Lunatic asylums Bombay report 1891-1903 - 1891-1903
Year: 1891
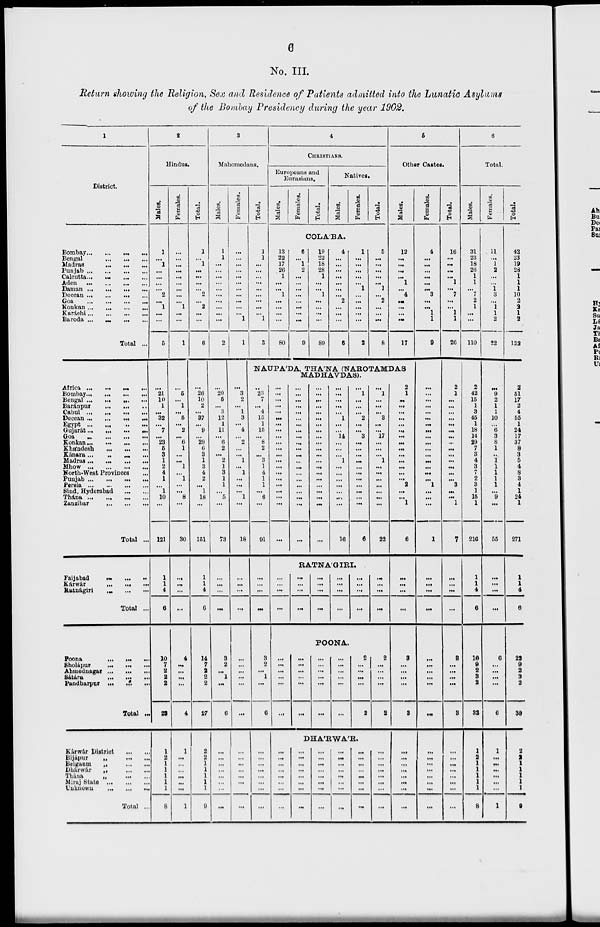
6
No. III.
Return allowing the Religion, Sex and Residence of Patients admitted into the Lunatic Asylums
of the Bombay Presidency during the year 1902.
1
District.
Bombay ... ... ... ...
Bengal
...
...
...
Madras
...
...
...
Punjab
...
...
...
...
Calcutta ... ... ... ...
Aden
...
...
...
...
Daman
...
...
...
...
Deccan ... ... ... ...
Goa
...
...
...
...
Konkan ... ... ... ...
Karáchi ... ... ... ...
Baroda
...
...
...
...
Total ...
Africa
...
...
...
...
Bombay ... ... ... ...
Bengal
...
...
...
...
Baránpur ... ... ...
Cabul
...
...
...
...
Deccan
...
...
...
...
Egypt
...
...
...
...
Gujarát
...
...
...
...
Goa
...
...
...
...
Konkan ... ... ... ...
Khándesh ... ... ...
Kánara
...
...
...
...
Madras ... ... ... ...
Mhow
...
...
...
...
North-West Provinces ...
Punjab
...
...
...
...
Persia
...
...
...
...
Sind, Hyderabad ... ...
Thána
...
...
...
...
Zanzibar
...
...
...
Total ...
Faijabad
...
...
...
Kárwár
...
...
...
Ratnágiri
...
...
...
Total ...
Poona
...
...
...
Sholápur
...
...
...
Ahmodnagar
...
...
...
Sátára
...
...
...
Pandbarpur
...
...
...
Total ...
Kárwár District
...
...
Bijápur
„
...
...
Belgaum
„
...
...
Dhárwár
„
...
...
Thána
„
...
...
Miraj State
...
...
...
Unknown
...
...
...
Total ...
2
Hindus.
Males.
1
...
1
...
...
...
...
2
...
1
...
...
5
...
21
10
1
...
32
...
7
...
23
5
3
1
2
4
1
...
1
10
...
121
1
1
4
6
10
7
2
2
2
23
1
2
1
1
1
1
1
8
Females.
...
...
...
...
...
...
...
...
...
1
...
...
1
...
5
...
1
...
5
...
2
...
6
1
...
...
1
...
1
...
...
8
...
30
...
...
...
...
4
...
...
...
...
4
1
...
...
...
...
...
...
1
Total.
1
...
1
...
...
...
...
2
...
2
...
...
6
...
26
10
2
...
37
...
9
...
29
6
3
1
3
4
2
...
1
18
...
151
1
1
4
6
14
7
2
2
2
27
2
2
1
1
1
1
1
9
3
Mahomedans.
Males.
1
1
...
...
...
...
...
...
...
...
....
...
2
...
20
5
...
3
12
1
11
...
6
2
...
2
1
3
1
1
...
5
...
73
...
...
...
...
3
2
...
1
...
6
...
...
...
...
...
...
...
...
Females.
...
...
...
...
...
...
...
...
...
...
...
1
1
...
3
2
...
1
3
...
4
...
2
...
...
1
...
1
...
...
...
1
...
18
...
...
...
...
...
...
...
...
...
...
...
...
...
...
...
...
...
...
Total.
1
1
...
...
...
...
...
...
...
...
...
1
3
4
CHRISTIANS.
Europeans and
Eurasians.
Males.
Females.
Total.
Natives.
Males.
Females.
Total.
COLÁBA.
13
22
17
26
1
...
...
1
...
...
...
...
80
6
...
1
2
...
...
...
...
...
...
...
...
9
19
22
18
28
1
...
...
1
...
...
...
...
89
4
...
...
...
...
...
...
...
2
...
...
...
6
1
...
...
...
...
...
1
...
...
...
...
...
2
5
...
...
...
...
...
1
...
2
...
...
...
8
6
Other Castes.
Males.
12
...
...
...
...
1
...
4
...
...
...
...
17
NAUPA'DA, THA'NA (NAROTAMDAS
MADHAVDAS).
...
23
7
...
4
15
1
15
...
8
2
...
3
1
4
1
1
...
6
...
91
...
...
...
...
3
2
...
1
...
6
...
...
...
...
...
...
...
...
...
...
...
...
...
...
...
...
...
...
...
...
...
...
...
...
...
...
...
...
...
...
...
...
...
...
...
...
...
...
...
...
...
...
...
...
...
...
...
...
...
...
...
...
...
...
...
...
...
...
...
...
...
...
...
...
...
...
...
...
...
...
...
...
...
...
...
...
1
...
...
14
...
...
...
1
...
...
...
...
...
...
...
16
...
1
...
...
...
2
...
...
3
...
...
...
...
...
...
...
...
...
...
...
6
...
1
...
...
...
3
...
...
17
...
...
...
1
...
...
...
...
...
...
...
22
RATNÁGIRI.
...
...
...
...
...
...
...
...
...
...
...
...
...
...
...
...
...
...
...
...
...
...
...
...
POONA.
...
...
...
...
...
...
...
...
...
...
...
...
...
...
...
...
...
...
...
...
...
...
...
...
2
...
...
...
...
2
2
...
...
...
...
2
DHÁRWÁR.
...
...
...
...
...
...
...
...
...
...
...
...
...
...
...
...
...
...
...
...
...
...
...
...
...
...
...
...
...
...
...
...
...
...
...
...
...
...
...
...
...
...
...
...
...
...
...
...
2
1
...
...
...
...
...
...
...
...
...
...
...
...
...
...
2
...
...
1
6
...
...
...
...
3
...
...
...
...
3
...
...
...
...
...
...
...
...
Females.
4
...
...
...
...
...
...
3
...
...
1
1
9
...
...
...
...
...
...
...
...
...
...
...
...
...
...
...
...
1
...
...
...
1
...
...
...
...
...
...
...
...
...
...
...
...
...
...
...
...
...
...
Total.
16
...
...
...
...
1
...
7
...
...
1
1
26
2
1
...
...
...
...
...
...
...
...
...
...
...
...
...
...
3
...
...
1
7
...
...
...
...
3
...
...
...
...
8
...
...
...
...
...
...
...
...
6
Total.
Males.
31
23
18
26
1
1
...
7
2
1
...
...
110
2
42
15
1
3
45
1
18
14
29
7
3
4
3
7
2
3
1
15
1
216
1
1
4
6
16
9
2
3
2
32
1
2
1
1
1
1
1
8
Females.
11
...
1
2
...
...
1
3
...
1
1
2
22
...
9
2
1
1
10
...
6
3
8
1
..
1
1
1
1
1
...
9
...
55
...
...
...
...
6
...
...
...
...
6
1
...
...
...
...
...
...
1
Total.
42
23
19
28
1
1
1
10
2
2
1
2
132
2
51
17
2
4
55
1
24
17
37
8
3
5
4
8
3
4
1
24
1
271
1
1
4
6
22
9
2
3
2
38
2
2
1
1
1
1
1
9